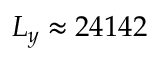
L _ { y } \approx 2 4 1 4 2